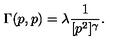
\Gamma ( p , p ) = \lambda \frac { 1 } { [ p ^ { 2 } ] ^ { \gamma } } .